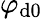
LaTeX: \varphi_{\mathrm{d}0}